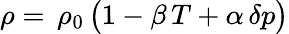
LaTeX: \rho=\, \rho_{0}\, \big(1-\beta\, T+\alpha\, \delta p\big)